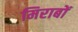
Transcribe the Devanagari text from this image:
मिराबों